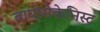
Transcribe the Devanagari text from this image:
बायोमेकेनिस्ट